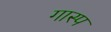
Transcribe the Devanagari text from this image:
गास्प